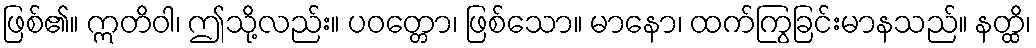
ဖြစ်၏။ ဣတိဝါ၊ ဤသို့လည်း။ ပဝတ္တော၊ ဖြစ်သော။ မာနော၊ ထက်ကြွခြင်းမာနသည်။ နတ္ထိ၊